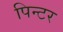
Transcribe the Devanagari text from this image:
पिन्टर